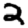
Digit: 2